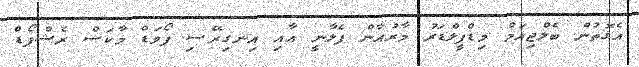
އެގޮތުން ބެލްޖިއަމް މިޑްފީލްޑަރު މާރުއާން ފެލާނީ އާއި އިނގިރޭސި ފޯވަޑް މާކަސް ރެޝްފޯޑް